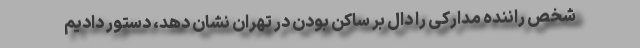
شخص راننده مدارکی را دال بر ساکن بودن در تهران نشان دهد، دستور دادیم